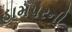
હામપરની